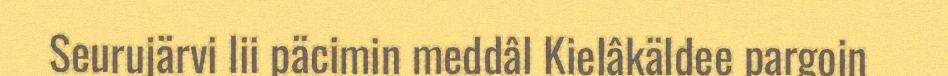
Seurujärvi lii päcimin meddâl Kielâkäldee pargoin